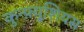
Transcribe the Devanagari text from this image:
कुन्फ़्यूशियस